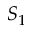
S _ { 1 }